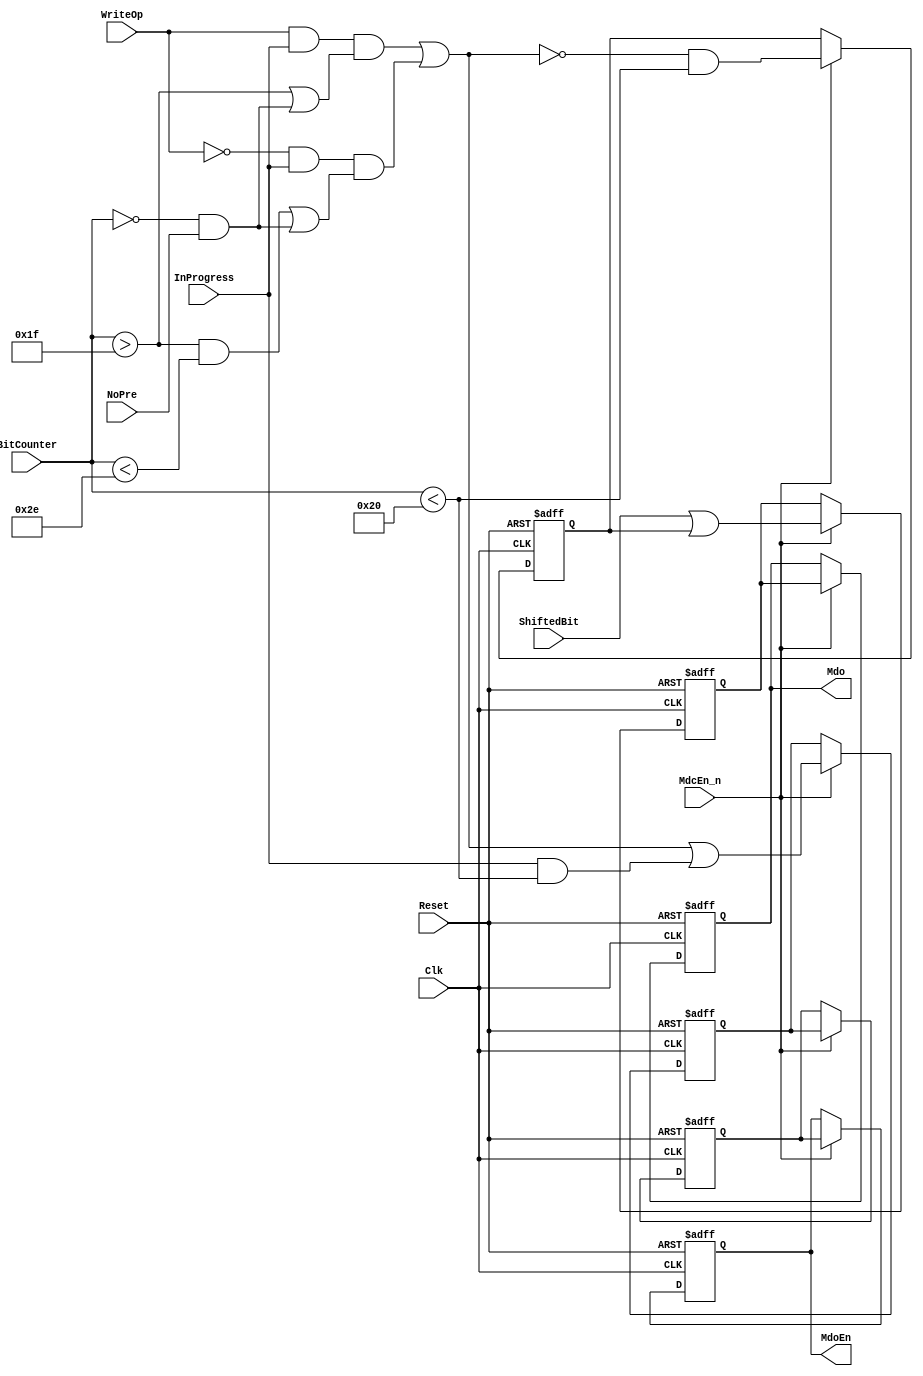
module eth_outputcontrol(Clk, Reset, InProgress, ShiftedBit, BitCounter, WriteOp, NoPre, MdcEn_n, Mdo, MdoEn);

input         Clk;                // Host Clock
input         Reset;              // General Reset
input         WriteOp;            // Write Operation Latch (When asserted, write operation is in progress)
input         NoPre;              // No Preamble (no 32-bit preamble)
input         InProgress;         // Operation in progress
input         ShiftedBit;         // This bit is output of the shift register and is connected to the Mdo signal
input   [6:0] BitCounter;         // Bit Counter
input         MdcEn_n;            // MII Management Data Clock Enable signal is asserted for one Clk period before Mdc falls.

output        Mdo;                // MII Management Data Output
output        MdoEn;              // MII Management Data Output Enable

wire          SerialEn;

reg           MdoEn_2d;
reg           MdoEn_d;
reg           MdoEn;

reg           Mdo_2d;
reg           Mdo_d;
reg           Mdo;                // MII Management Data Output



// Generation of the Serial Enable signal (enables the serialization of the data)
assign SerialEn =  WriteOp & InProgress & ( BitCounter>31 | ( ( BitCounter == 0 ) & NoPre ) )
                | ~WriteOp & InProgress & (( BitCounter>31 & BitCounter<46 ) | ( ( BitCounter == 0 ) & NoPre ));


// Generation of the MdoEn signal
always @ (posedge Clk or posedge Reset)
begin
  if(Reset)
    begin
      MdoEn_2d <=  1'b0;
      MdoEn_d <=  1'b0;
      MdoEn <=  1'b0;
    end
  else
    begin
      if(MdcEn_n)
        begin
          MdoEn_2d <=  SerialEn | InProgress & BitCounter<32;
          MdoEn_d <=  MdoEn_2d;
          MdoEn <=  MdoEn_d;
        end
    end
end


// Generation of the Mdo signal.
always @ (posedge Clk or posedge Reset)
begin
  if(Reset)
    begin
      Mdo_2d <=  1'b0;
      Mdo_d <=  1'b0;
      Mdo <=  1'b0;
    end
  else
    begin
      if(MdcEn_n)
        begin
          Mdo_2d <=  ~SerialEn & BitCounter<32;
          Mdo_d <=  ShiftedBit | Mdo_2d;
          Mdo <=  Mdo_d;
        end
    end
end



endmodule